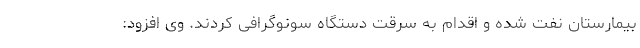
بیمارستان نفت شده و اقدام به سرقت دستگاه سونوگرافی کردند. وی افزود: